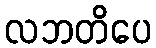
လဘတိပေ